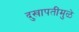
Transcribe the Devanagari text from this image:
दुखापतींमुळे